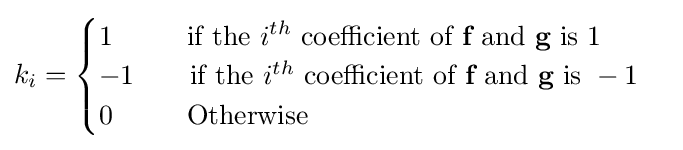
k_{i}={\begin{cases}1\ \ \qquad {\text{if the}}\ i^{th}\ {\text{coefficient of}}\ {\textbf {f}}\ {\text{and}}\ {\textbf {g}}\ {\text{is}}\ 1\\-1\qquad {\text{if the}}\ i^{th}\ {\text{coefficient of}}\ {\textbf {f}}\ {\text{and}}\ {\textbf {g}}\ {\text{is}}\ -1\\0\ \ \qquad {\text{Otherwise}}\end{cases}}